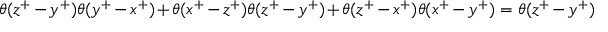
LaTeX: \theta ( z ^ { + } - y ^ { + } ) \theta ( y ^ { + } - x ^ { + } ) + \theta ( x ^ { + } - z ^ { + } ) \theta ( z ^ { + } - y ^ { + } ) + \theta ( z ^ { + } - x ^ { + } ) \theta ( x ^ { + } - y ^ { + } ) = \theta ( z ^ { + } - y ^ { + } ) \nonumber